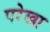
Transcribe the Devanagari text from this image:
परेखा